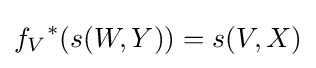
{f_{V}}^{*}(s(W,Y))=s(V,X)